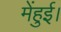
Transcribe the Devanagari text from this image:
मेंहुई।